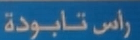
راس تابوطة